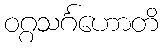
ဝဂ္ဂသင်္ဂဟောတိ